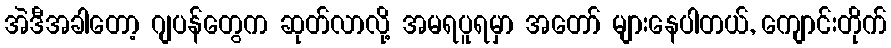
အဲဒီအခါတော့ ဂျပန်တွေက ဆုတ်လာလို့ အမရပူရမှာ အတော် များနေပါတယ်, ကျောင်းတိုက်